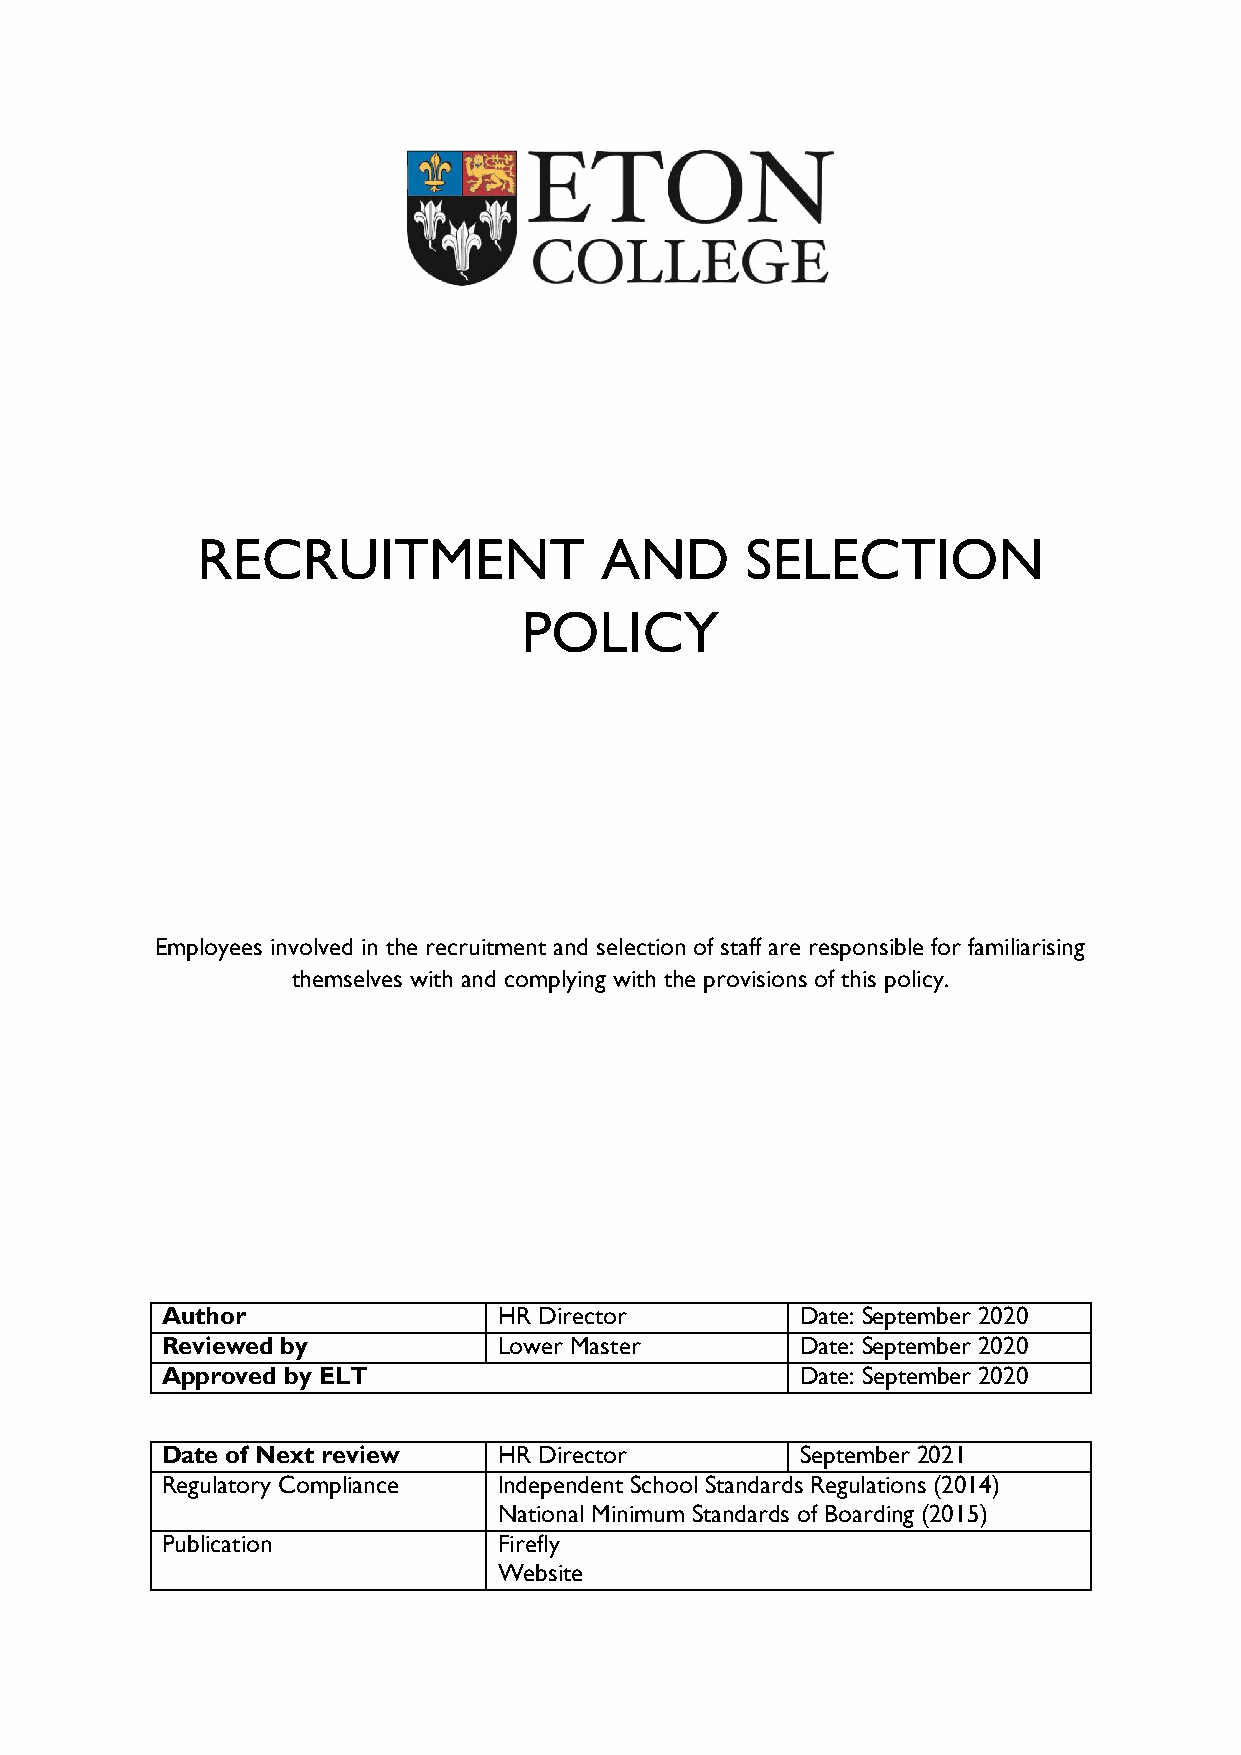
RECRUITMENT                AND      SELECTION
 POLICY
 Employees involved in the recruitment and selection of staff are responsible for familiarising
 themselves with and complying with the provisions of this policy.
 Author                HR Director         Date: September 2020
 Reviewed by           Lower Master        Date: September 2020
 Approved by ELT                           Date: September 2020
 Date of Next review   HR Director         September 2021
 Regulatory Compliance Independent School Standards Regulations (2014)
 National Minimum Standards of Boarding (2015)
 Publication           Firefly
 Website